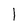
Character: l